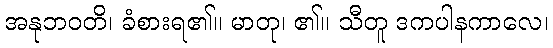
အနုဘဝတိ၊ ခံစားရ၏။ မာတု၊ ၏။ သီတူ ဒကပါနကာလေ၊